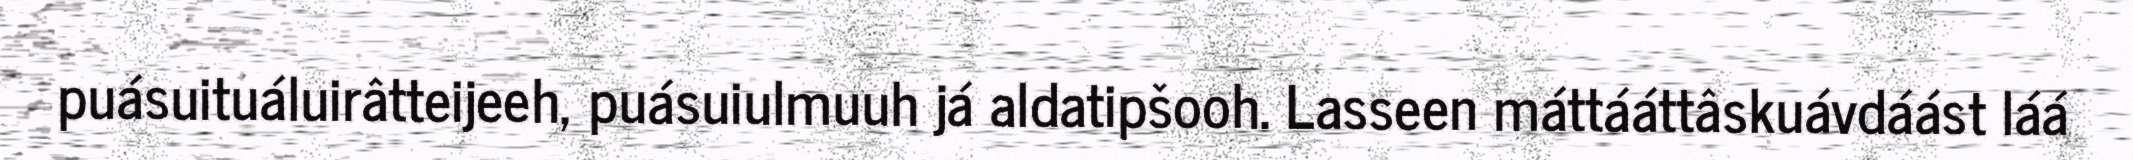
puásuituáluirâtteijeeh, puásuiulmuuh já aldatipšooh. Lasseen máttááttâskuávdáást láá